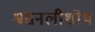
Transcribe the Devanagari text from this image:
श्वसनलीशोथ